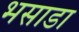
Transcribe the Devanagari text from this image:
भसाडा